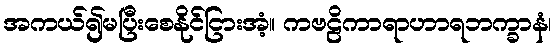
အကယ်၍မပြီးစေနိုင်ငြားအံ့။ ကဗဠိကာရာဟာရဘက္ခာနံ၊